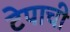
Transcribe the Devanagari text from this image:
टेपाची